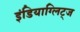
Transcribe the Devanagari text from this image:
इंडियाग्लिट्ज